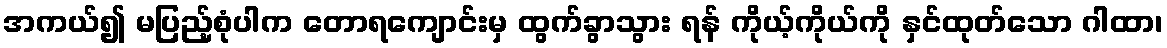
အကယ်၍ မပြည့်စုံပါက တောရကျောင်းမှ ထွက်ခွာသွား ရန် ကိုယ့်ကိုယ်ကို နှင်ထုတ်သော ဂါထာ၊